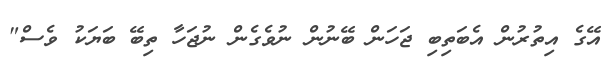
އޭގެ އިތުރުން އެބަތިބި ޖަހަން ބޭނުން ނުވެގެން ނުޖަހާ ތިބޭ ބަޔަކު ވެސް"